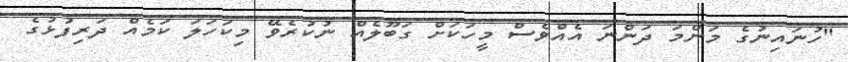
"ހުނައިނުގެ މަންމަ ދަންނަ އެއްވެސް މީހަކަށް ގަބޫލެއް ނުކުރެވޭ މިކަހަލަ ކަމެއް ދަރިފުޅުގެ